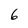
Character: 6